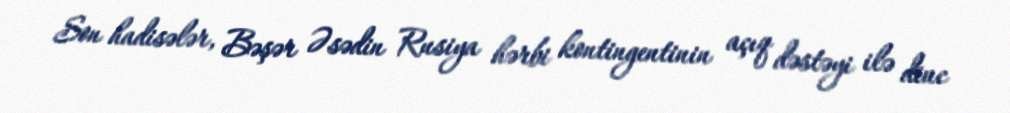
Son hadisələr, Bəşər Əsədin Rusiya hərbi kontingentinin açıq dəstəyi ilə dinc